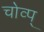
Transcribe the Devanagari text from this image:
चोव्प्